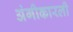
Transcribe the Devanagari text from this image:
अंगीकारली